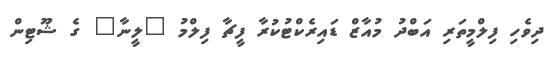
ދިވެހި ފިލްމީތަރި އަބްދު މުއާޒް ޑައިރެކްޓުކުރާ ފީޗާ ފިލްމު "ލީނާ" ގެ ޝޫޓިން